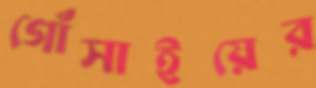
গোঁসাইয়ের